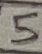
Text: 5